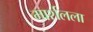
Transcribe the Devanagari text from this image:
मार्शलला